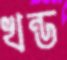
খন্ড